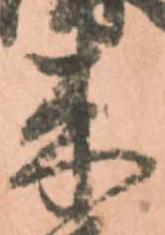
来